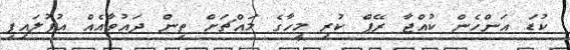
ކުޑަ އަންހެން ކުއްޖާ ރޭޕް ކުރި މީހާގެ މައްޗަށް ތިން ދައުވާއެއް އުފުލައިފި